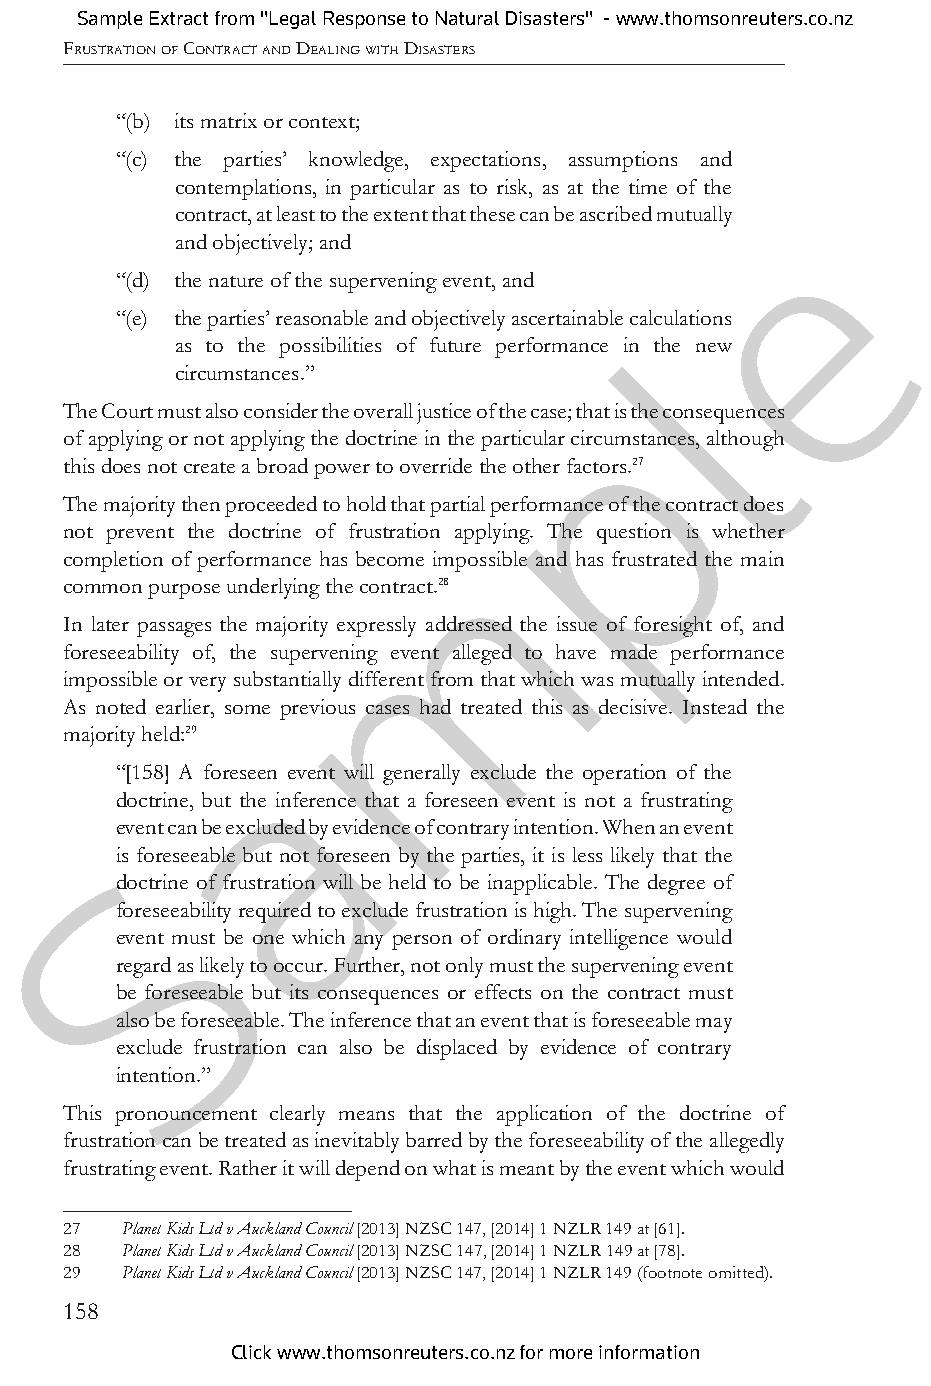
Sample Extract from "Legal Response to Natural Disasters" - www.thomsonreuters.co.nz
 FRUSTRATION OF CONTRACT AND DEALING WITH DISASTERS
 “(b) its matrix or context;
 “(c) the parties’ knowledge, expectations, assumptions and
 contemplations, in particular as to risk, as at the time of the
 e
 contract, at least to the extent that these can be ascribed mutually
 and objectively; and
 “(d) the nature of the supervening event, and
 “(e) the parties’ reasonable and objectively ascertainable clalculations
 as to the possibilities of future performance in the new
 circumstances.”
 p
 The Court must also consider the overall justice of the case; that is the consequences
 of applying or not applying the doctrine in the particular circumstances, although
 this does not create a broad power to override the other factors.27
 The majority then proceeded to hold that partial performance of the contract does
 m
 not prevent the doctrine of frustration applying. The question is whether
 completion of performance has become impossible and has frustrated the main
 common purpose underlying the contract.28
 In later passages the majority expressly addressed the issue of foresight of, and
 foreseeability of, the supervening event alleged to have made performance
 impossible or very substantially different from that which was mutually intended.
 As noted earlier, some previous cases had treated this as decisive. Instead the
 a
 majority held:29
 “[158] A foreseen event will generally exclude the operation of the
 doctrine, but the inference that a foreseen event is not a frustrating
 event can be excluded by evidence of contrary intention. When an event
 Sis foreseeable but not foreseen by the parties, it is less likely that the
 doctrine of frustration will be held to be inapplicable. The degree of
 foreseeability required to exclude frustration is high. The supervening
 event must be one which any person of ordinary intelligence would
 regard as likely to occur. Further, not only must the supervening event
 be foreseeable but its consequences or effects on the contract must
 also be foreseeable. The inference that an event that is foreseeable may
 exclude frustration can also be displaced by evidence of contrary
 intention.”
 This pronouncement clearly means that the application of the doctrine of
 frustration can be treated as inevitably barred by the foreseeability of the allegedly
 frustrating event. Rather it will depend on what is meant by the event which would
 27 Planet Kids Ltd v Auckland Council [2013] NZSC 147, [2014] 1 NZLR 149 at [61].
 28 Planet Kids Ltd v Auckland Council [2013] NZSC 147, [2014] 1 NZLR 149 at [78].
 29 Planet Kids Ltd v Auckland Council [2013] NZSC 147, [2014] 1 NZLR 149 (footnote omitted).
 158
 Click www.thomsonreuters.co.nz for more information